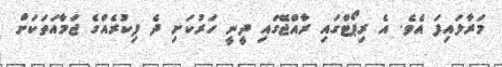
މަރާލައިފަ އެވެ. އެ ރިޕޯޓްގައި ރާއްޖޭގައި ދީނީ ހަރުކަށި ދެ ފިކުރެއްގެ ޖަމާއަތަކަށް